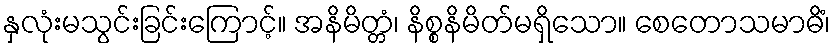
နှလုံးမသွင်းခြင်းကြောင့်။ အနိမိတ္တံ၊ နိစ္စနိမိတ်မရှိသော။ စေတောသမာဓိံ၊